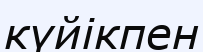
күйікпен